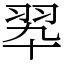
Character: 翆